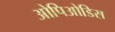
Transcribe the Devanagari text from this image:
ओपिओडिस